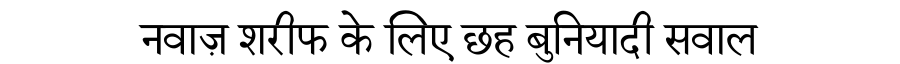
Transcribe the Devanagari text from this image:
नवाज़ शरीफ के लिए छह बुनियादी सवाल